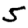
Digit: 5